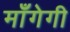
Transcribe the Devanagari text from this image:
माँगेगी